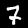
Digit: 7